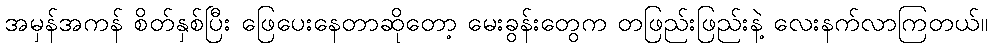
အမှန်အကန် စိတ်နှစ်ပြီး ဖြေပေးနေတာဆိုတော့ မေးခွန်းတွေက တဖြည်းဖြည်းနဲ့ လေးနက်လာကြတယ်။